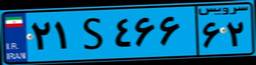
۲۱S۴۶۶۶۲